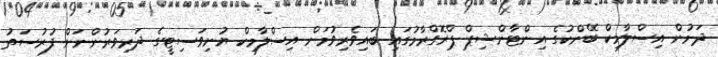
ދަށުން އިސްލާމިކް ބޭންކުގެ އިންޓާންޝިޕް ޕްރޮގްރާާމުގައި ބައިވެރިވުމަށް އިސްލާމިކް ޔުނިވަސިޓީގެ ދަރިވަރުންނަށް ފުރުސަތު